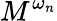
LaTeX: M^{\omega_{n}}